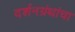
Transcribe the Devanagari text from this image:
दर्शनग्रंथांचा